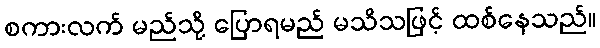
စကားလက် မည်သို့ ပြောရမည် မသိသဖြင့် ထစ်နေသည်။